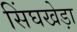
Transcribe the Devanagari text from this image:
सिंघखेड़ा